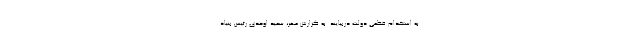
به استخدام قطعی دولت دربیایند. به گزارش مهر، سعید اوحدی رئیس بنیاد